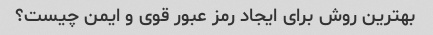
بهترین روش برای ایجاد رمز عبور قوی و ایمن چیست؟